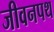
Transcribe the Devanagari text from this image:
जीवनपथ